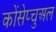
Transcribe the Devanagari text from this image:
कोंसेप्चुअल